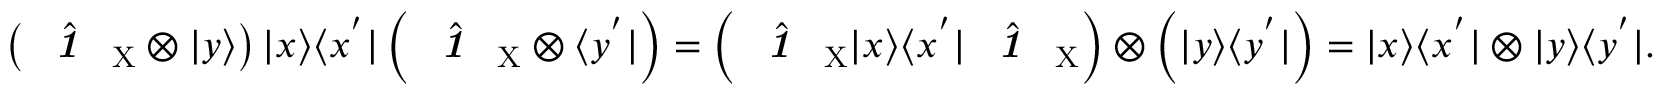
\left( \hat { \textbf { \textit { 1 } } \, } _ { \! \mathrm { X } } \otimes | y \rangle \right) | x \rangle \langle x ^ { ' } | \left( \hat { \textbf { \textit { 1 } } \, } _ { \! \mathrm { X } } \otimes \langle y ^ { ' } | \right) = \left( \hat { \textbf { \textit { 1 } } \, } _ { \! \mathrm { X } } | x \rangle \langle x ^ { ' } | \hat { \textbf { \textit { 1 } } \, } _ { \! \mathrm { X } } \right) \otimes \left( | y \rangle \langle y ^ { ' } | \right) = | x \rangle \langle x ^ { ' } | \otimes | y \rangle \langle y ^ { ' } | .